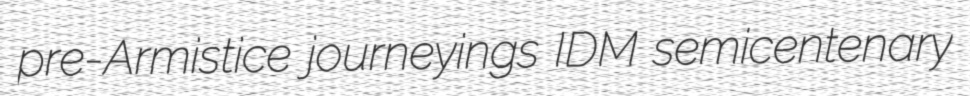
pre-Armistice journeyings IDM semicentenary